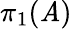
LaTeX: \pi_{1}({\cal{\mathit{A}}})